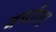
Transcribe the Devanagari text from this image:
वर्षांला